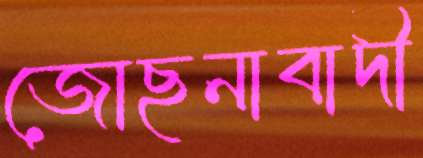
জোছনাবাদী